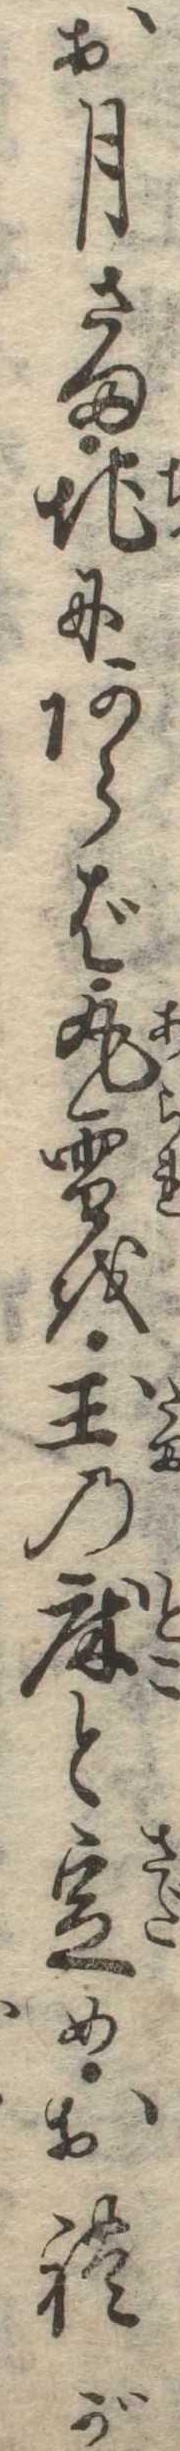
お月さま地にあらば丸雪を玉の床と定めおれが